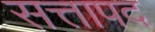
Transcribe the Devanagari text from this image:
सत्तापद